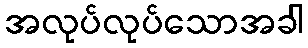
အလုပ်လုပ်သောအခါ